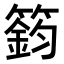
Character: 𥳾